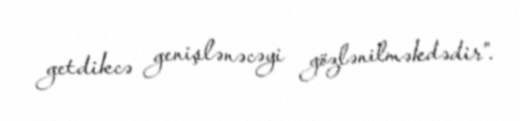
getdikcə genişlənəcəyi gözlənilməkdədir”.